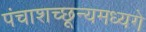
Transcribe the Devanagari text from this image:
पंचाशच्छून्यमध्यगे